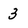
Character: 3